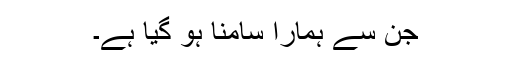
جن سے ہمارا سامنا ہو گیا ہے۔